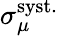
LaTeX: \sigma_{\mu}^{\mathrm{syst.}}